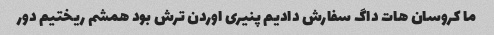
ما کروسان هات داگ سفارش دادیم پنیری اوردن ترش بود همشم ریختیم دور